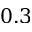
0 . 3